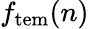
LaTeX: f_{\mathrm{tem}}(n)